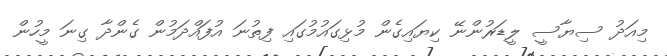
މިއަދު ސިޔާސީ ލީޑަރުންނޭ ކިޔައިގެން މުޅިގައުމުގައި ފިތުނަ އުފައްދަމުން ގެންދާ ގިނަ މީހުން